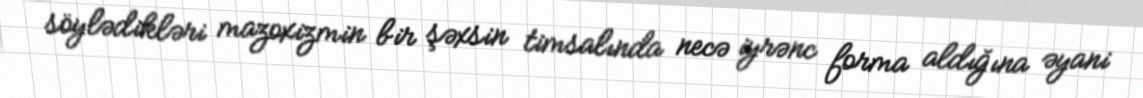
söylədikləri mazoxizmin bir şəxsin timsalında necə iyrənc forma aldığına əyani